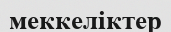
меккеліктер